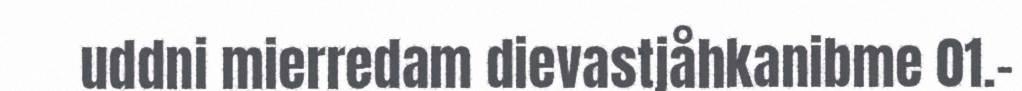
uddni mierredam dievastjåhkanibme 01.-